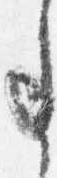
事